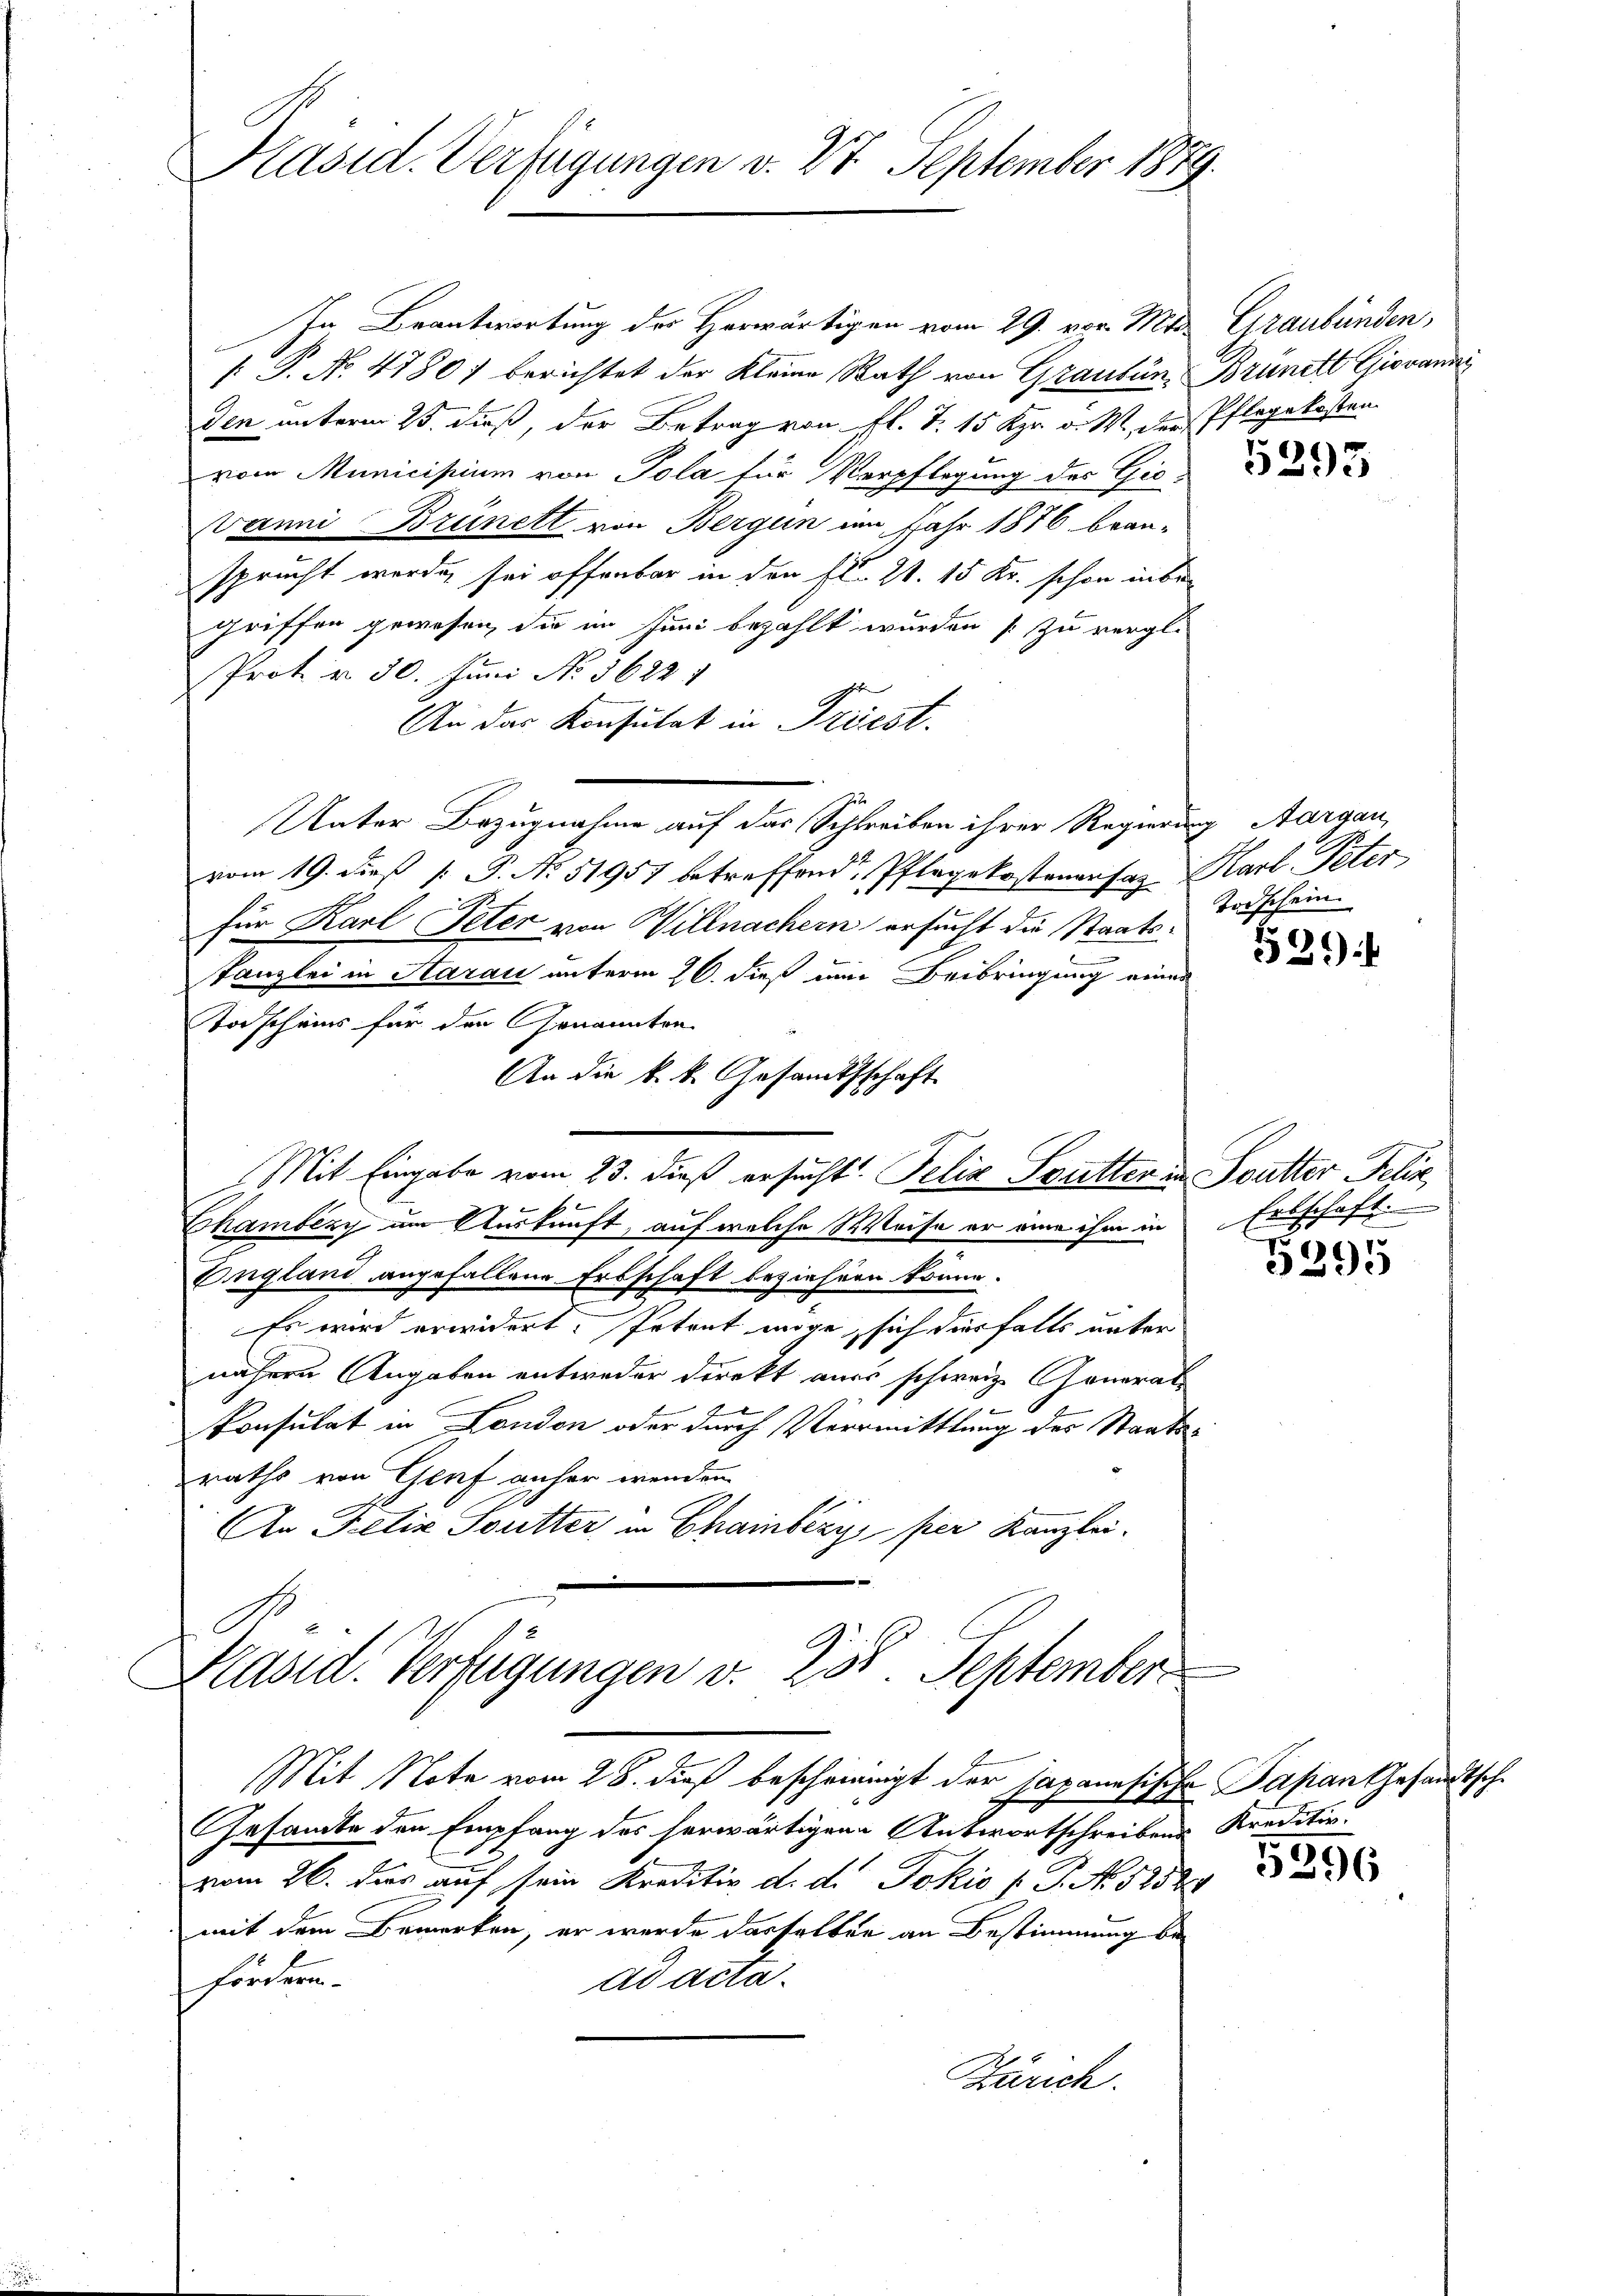
Präsid. Verfügungen v. 27. September 1879.

Mit Note vom 28. dieß beschmanigt der japanesische Papan Gesandtsch¬

In Beantwortung der Herwärtigen vom 29. vor. Mit Graubünden,
[ P. No. 4780) berichtet der Kleine Rath von Graubün- Brunst Giovanić
den unterm 25. dieß, der Betrag von fl. T. 15 Kgr. v. M. der Pflegekosten
vom Municipium von Pola für Verpflegung des Gieanni Brünett von Bergun im Jahr 1876 bean-
.
sprucht werden sei offenbar in den fl. 21. 15 Kr. schon inbegriffen gewesen, die im Juni bezahlt wurden zu vergl.
Prot. d. 30. Juni No 1622 1
An das Konsutat in Triest.
Unter Bezugnahme auf das Schreiben ihrer Regierung Aargau,
vom 19. dieß P. N. 51957 betreffend Pflegekostenansaz Karl-Peter
für Karl Peter von Willmachern ersucht die Staats¬
Tanzlei in Aarau unterm 26. dieß ein Beibringung einer
Tascheins für den Genannten
An die k. k. Gesamtsschaft
Mit Eingabe vom 23. dieß ersucht. Pelia Sutter in Soutter Felix
Chambézy um Auskunft, auf welche Weise er eine ihm in
England angefallene Erbschaft beziehern könne.
Es wird erwidert. Petent möge, sich diesfalls unter
nähern Angaben entweder Direkt aus schweiz. Generat
d
Consulat in London oder durch Vermittlung des Staats-
raths von Genf anher wenden
An Felix Soutter in Chainbéry per Kanzlei-
C
Päsid. Verfügungen v. Kot September

Gesamte den Empfang des herwärtigen Antwortschreibens Kreditiv.
vom 26. das auf sein Kreditiv d. d. Jokić / P. No 52528
mit dem Bemerken, er werde dasselben an Bestimmung befördern.
ad acta.
Zürich.

5295

Todschein

539

Erbschaft.

5395

5396